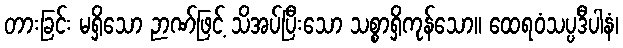
တားခြင်း မရှိသော ဉာဏ်ဖြင့် သိအပ်ပြီးသော သစ္စာရှိကုန်သော။ ထေရဝံသပ္ပဒီပါနံ၊